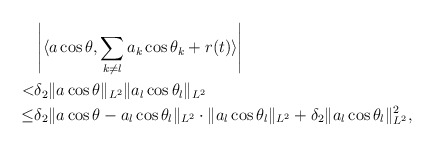
\begin{align*}&\left| \langle a\cos\theta, \sum_{k\neq l}a_{k}\cos\theta_{k}+r(t)\rangle \right| \\< &\delta_2 \|a\cos\theta\|_{L^2} \|a_l\cos\theta_l\|_{L^2} \\\leq &\delta_2 \|a\cos\theta- a_l\cos\theta_l\|_{L^2}\cdot \|a_l\cos\theta_l\|_{L^2}+\delta_2 \|a_l\cos\theta_l\|_{L^2}^2 ,\end{align*}